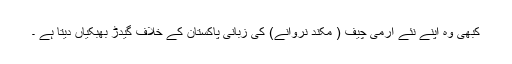
کبھی وہ اپنے نئے آرمی چیف ( مکند نروانے) کی زبانی پاکستان کے خلاف گیدڑ بھبکیاں دیتا ہے ۔